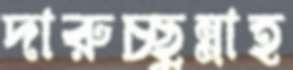
দারুচ্ছুন্নাহ